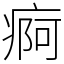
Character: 痾